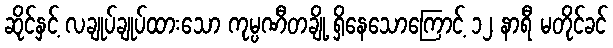
ဆိုင်နှင့် လချုပ်ချုပ်ထားသော ကုမ္ပဏီတချို့ ရှိနေသောကြောင့် ၁၂ နာရီ မတိုင်ခင်